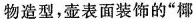
物造型，壶表面装饰的”椰